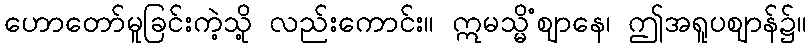
ဟောတော်မူခြင်းကဲ့သို့ လည်းကောင်း။ ဣမသ္မိံဈာနေ၊ ဤအရူပဈာန်၌။